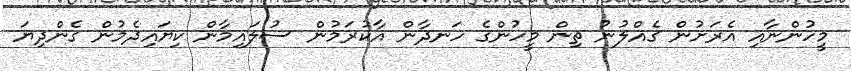
މީހުންނާއި އެރަށުން ގެއްލުނު ތިން މީހުންގެ ހަނދާން އާކުރަމުން ސުލައިމާން ކިޔައިދެމުން ގެންދިޔަ